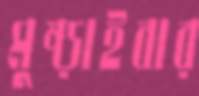
মুষ্‌ড়াইবার